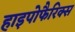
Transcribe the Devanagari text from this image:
हाइपोफैरिक्स